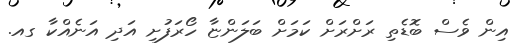
އިން ވެސް ބޮޑެތި ރަށްރަށް ކަމަށް ބަލަންޏާ ހޯރަފުށި އަދި އަނެއްކާ ގއ.